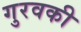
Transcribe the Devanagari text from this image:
गुरवकी